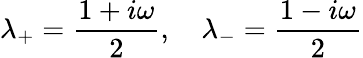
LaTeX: \lambda_{+}=\frac{1+i\omega}{2},\quad\lambda_{-}=\frac{1-i\omega}{2}